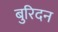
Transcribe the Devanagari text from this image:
बुरिदन